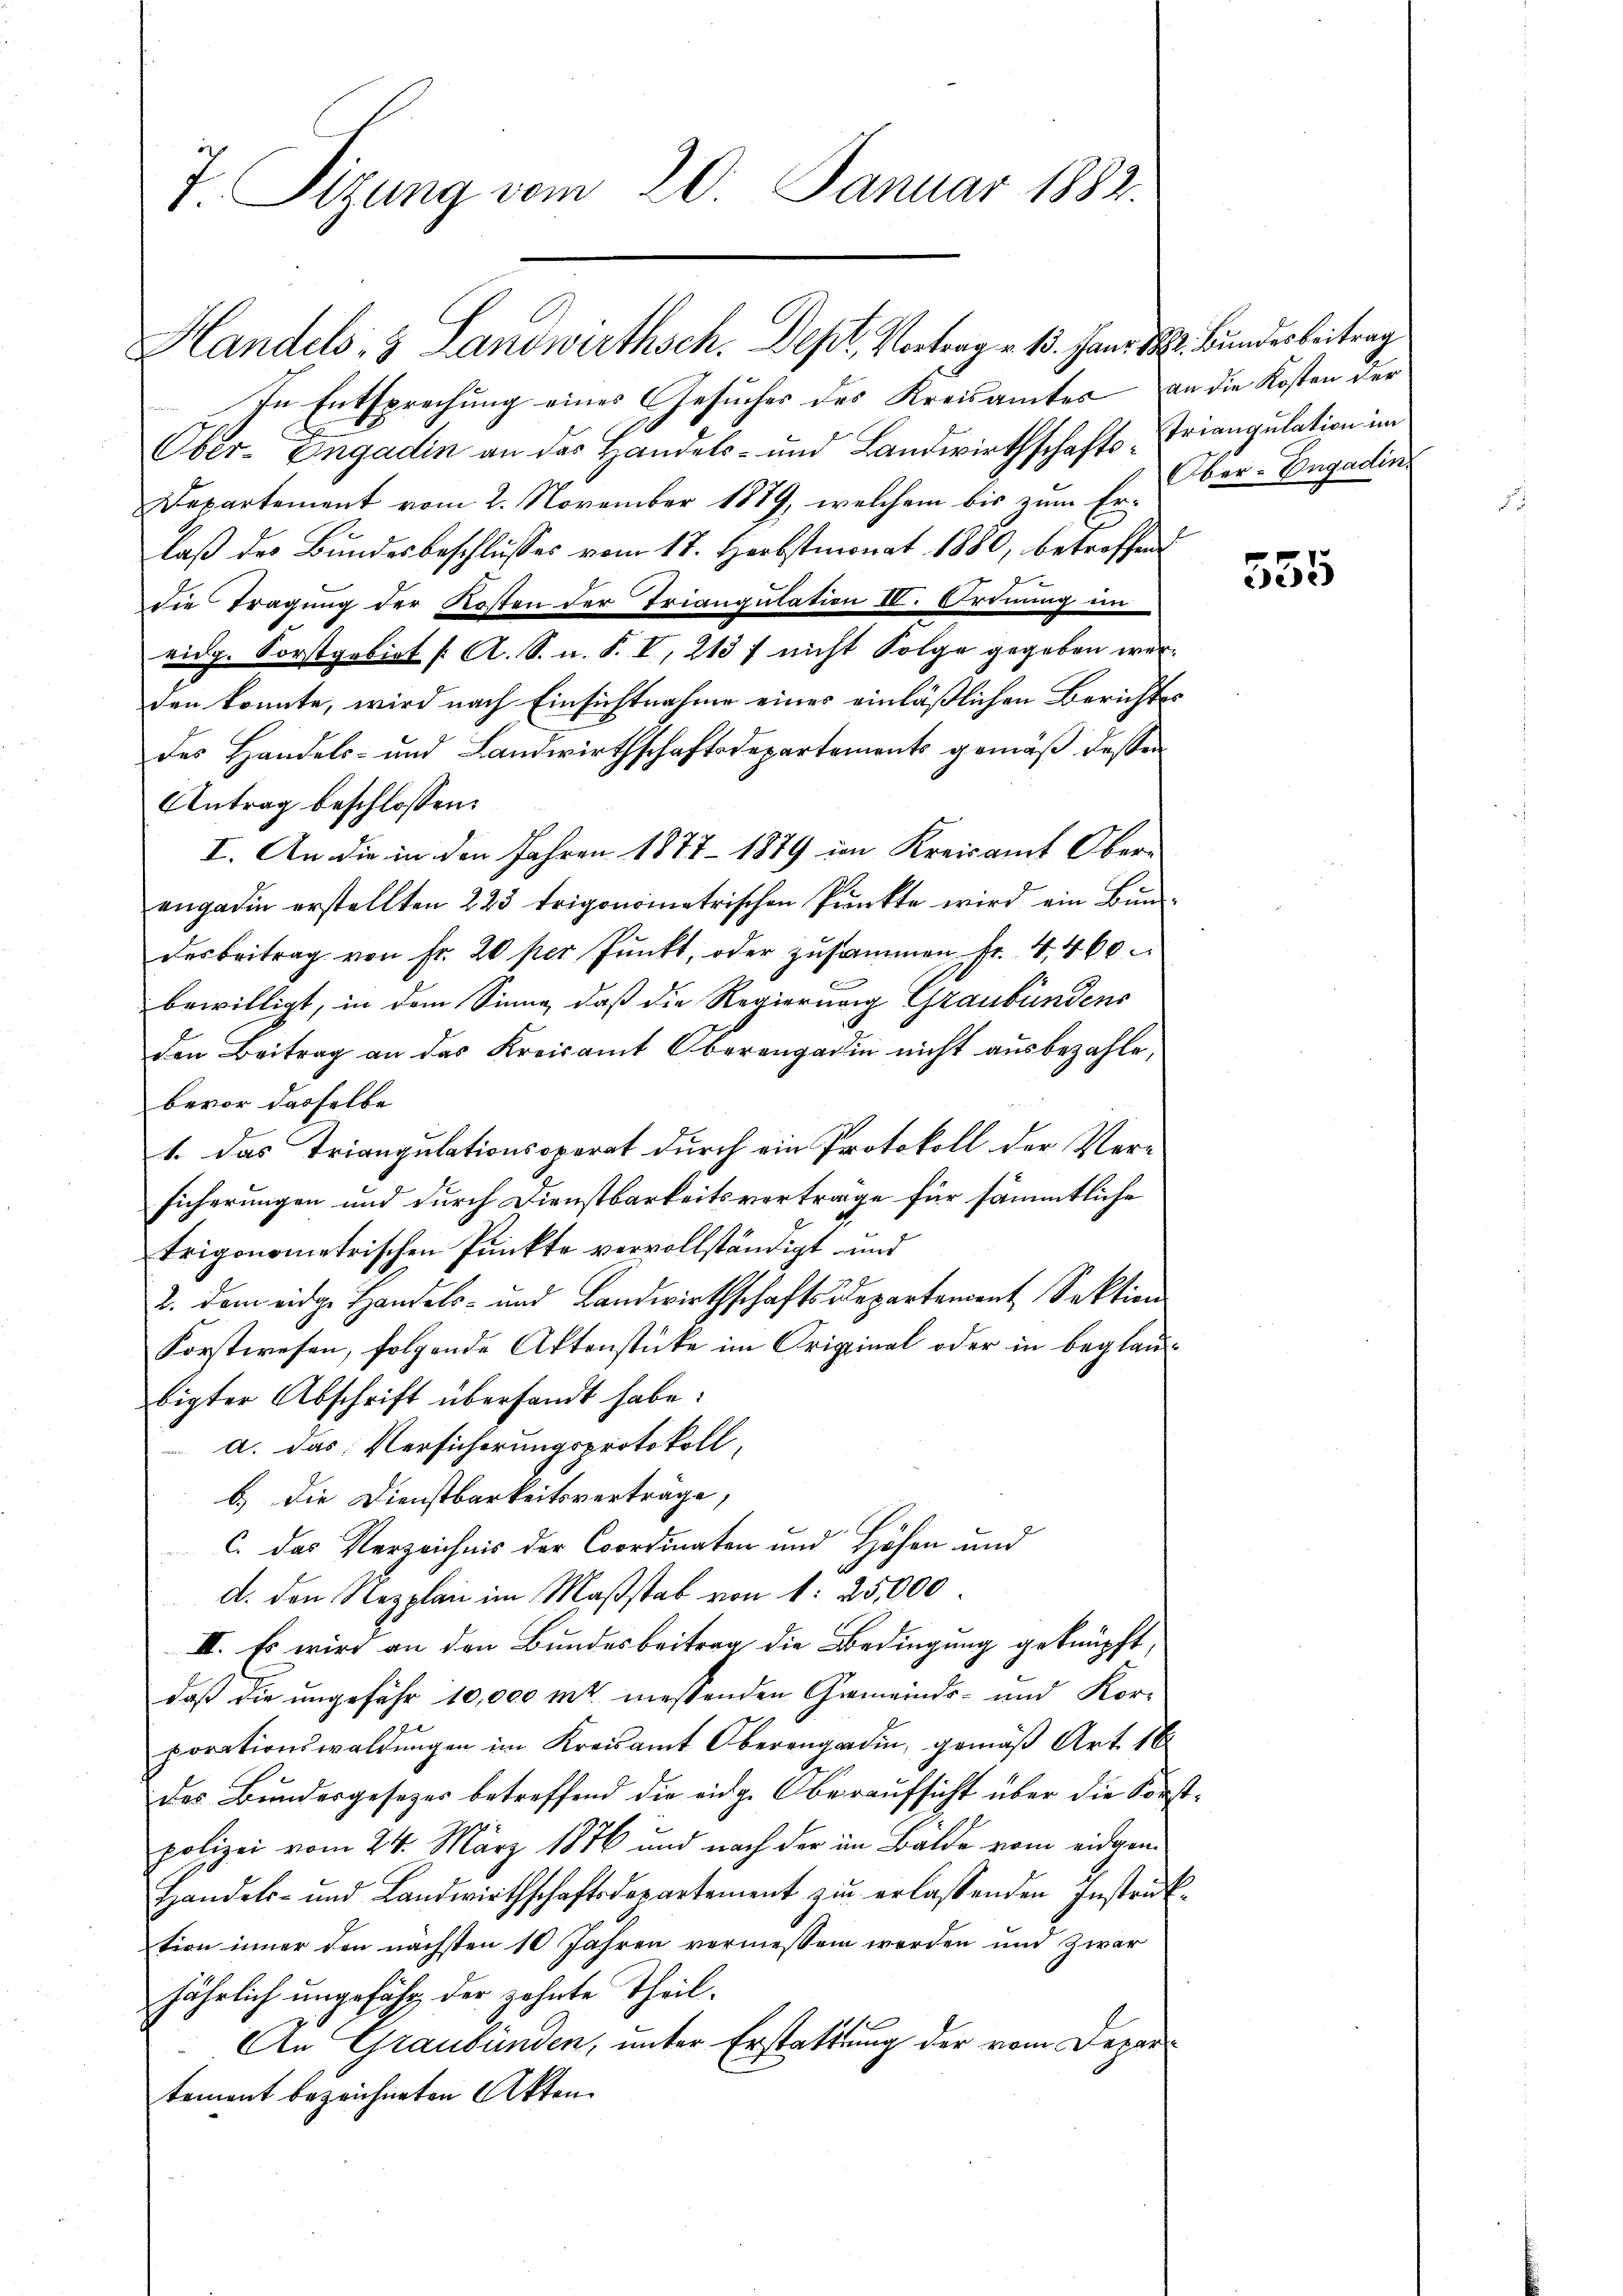
T. Sizung vom 20. Januar 1882.

In Entsprechung eines Gesuches des Kreisamtes an die Kosten der
Ober-Engadin an das Handels- und Landwirthschafts Triangulation im
Departement vom 2. November 1879, welchem bis zum Fr. Ober-Engadinlaß des Bundesbeschlusses vom 17. Herbstmonat 1880, betreffen
E
die Tragung der Kosten der Triangulation IV. Ordnung in
eidg. Forstgebiet /: A. S. u. S. I, 213 f nicht Folge gegeben werden konnte, wird nach Einsichtnahme einer einläßlichen Berichtes
des Handels- und Landwirthschaftsdepartements gemäß dessen
Antrag beschlossen:
I. An die in den Jahren 1877 - 1879 im Kreisamt Ober-
engadin erstellten 223 trigonometrischen Punkte wird ein Bunderbeitrag von fr. 20 per Pŭnkt, oder zusammen fr. 4460
bewilligt, in dem Sinne, daß die Regierung Graubündens
den Beitrag an das Kreisamt Oberengadin nicht ausbezahle,
bevor dasselbe
1. Das Triangulationsoperat durch ein Protokoll der Versicherungen und durch Dienstbarkeitsvorträge für sämmtliche
trigonometrischen Punkte vervollständigt und
2. dem eidge Handels- und Landwirthschaftsdepartement Sektion
Forstwesen, folgende Aktenstücke im Original oder in beglaubigter Abschrift übersandt habe:
a. Das Versicherungsprotokoll,
b.) Die Dienstbarkeitsverträge,
C
c. das Verzeichnis der Coordinaten und Höhen und
d. den Repplan im Maßstab von 1. 25,000
II. Es wird an den Bundesbeitrag die Bedingung geknüpft,
daß die ungefähr 10,000 mt messenden Gemeinds- und Kor-
porationswaldungen im Kreisamt Oberengadin, gemäß Art. 16
des Bundesgesezes betreffend die eidg. Oberaufsicht über die Kons
polizei vom 24. März 1876 und nach der in Bälde vom eidgen.
Handels- und Landwirthschaftsdepartement zŭ erlassenden Instruk
tion inner den nächsten 10 Jahren vermessen werden und zwar
jährlich ungefähr der zehnte Theil.
An Graubünden, unter Erstattung der vom Departement bezeichneten Akten.

Handels- & Landwirthsch. Dept. Vortrag v. 15. Janr. W. Bunderbeitrag

4.
6

555